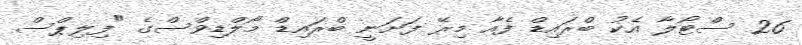
26 ސްޓޯލާ އެކު ބްރައިޑް ފެއާ މިރޭ ފަށަނީ ބްރައިޑް މޯލްޑިވްސްގެ "ފިލިޕްސް